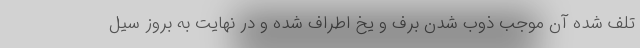
تلف شده آن موجب ذوب شدن برف و یخ اطراف شده و در نهایت به بروز سیل